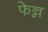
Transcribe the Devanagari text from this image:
फेन्न